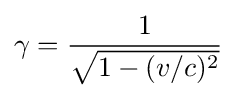
\gamma ={\frac {1}{\sqrt {1-{(v/c)^{2}}}}}